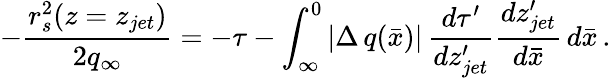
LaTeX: -\frac{r_{s}^{2}(z=z_{jet})}{2q_{\infty}}=-\tau-\int_{\infty}^{0}|\Delta\, q(\bar{x})|\, \frac{d\tau^{\prime}}{dz_{jet}^{\prime}}\frac{dz_{jet}^{\prime}}{d\bar{x}}\, d\bar{x}\, .